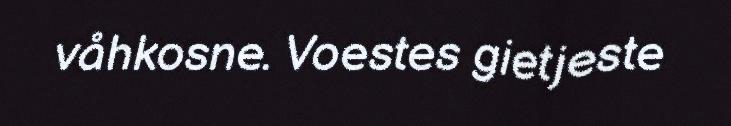
våhkosne. Voestes gietjeste